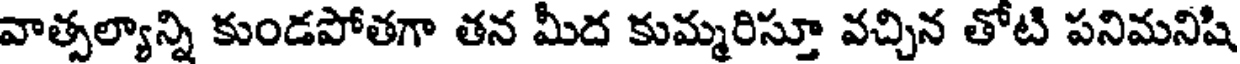
వాత్సల్యాన్ని కుండపోతగా తన మీద కుమ్మరిస్తూ వచ్చిన తోటి పనిమనిషి